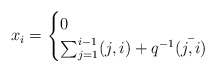
\begin{align*} x_i=\begin{cases} 0 &\\ \sum_{j=1}^{i-1}(j,i)+q^{-1}\bar{(j,i)} & \\\end{cases}\end{align*}